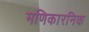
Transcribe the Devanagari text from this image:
मणिकारनिक